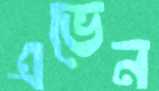
এভেন